Vaccination Hyderabad 1890-1903 - 1890-1903
Year: 1890
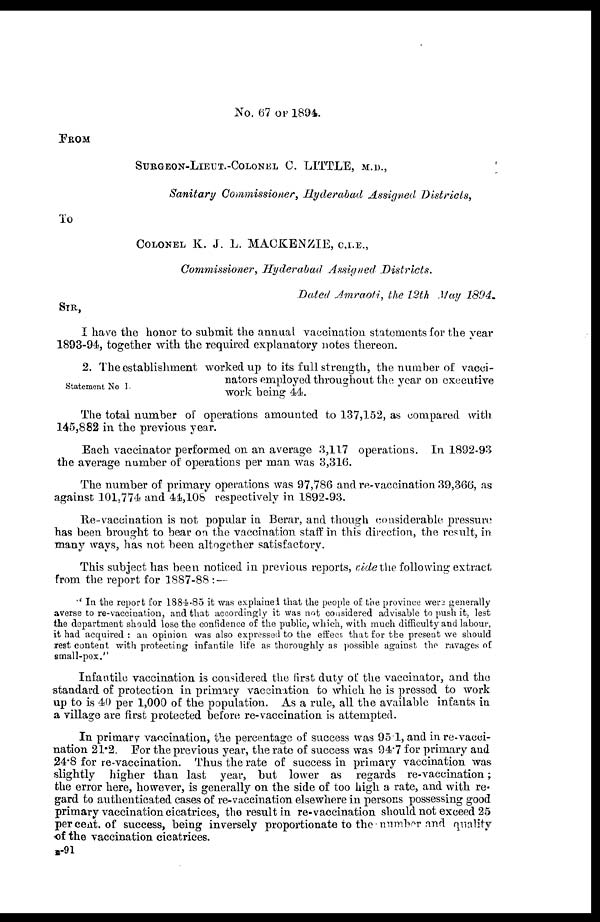
No. 67 OF 1894.
FROM
SURGEON-LIEUT.-COLONEL C. LITTLE, M.D.,
Sanitary Commissioner, Hyderabad Assigned Districts,
To
COLONEL K. J. L. MACKENZIE, C.I.E.,
Commissioner, Hyderabad Assigned Districts.
Dated Amraoti, the 12th May 1894.
SIR,
I have the honor to submit the annual vaccination statements for the year
1893-94, together with the required explanatory notes thereon.
Statement No I.
2. The establishment worked up to its full strength, the number of vacci-
nators employed throughout the year on executive
work being 44.
The total number of operations amounted to 137,152, as compared with
145,882 in the previous year.
Each vaccinator performed on an average 3,117 operations. In 1892-93
the average number of operations per man was 3,316.
The number of primary operations was 97,786 and re-vaccination 39,366, as
against 101,774 and 44,108 respectively in 1892-93.
Re-vaccination is not popular in Berar, and though considerable pressure
has been brought to bear on the vaccination staff in this direction, the result, in
many ways, has not been altogether satisfactory.
This subject has been noticed in previous reports, vide the following extract
from the report for 1887-88 :—
" In the report for 1884-85 it was explained that the people of the province were generally
averse to re-vaccination, and that accordingly it was not considered advisable to push it, lest
the department should lose the confidence of the public, which, with much difficulty and labour,
it had acquired : an opinion was also expressed to the effect that for the present we should
rest content with protecting infantile life as thoroughly as possible against the ravages of
small-pox."
Infantile vaccination is considered the first duty of the vaccinator, and the
standard of protection in primary vaccination to which he is pressed to work
up to is 40 per 1,000 of the population. As a rule, all the available infants in
a village are first protected before re-vaccination is attempted.
In primary vaccination, the percentage of success was 95.1, and in re-vacci¬
nation 21.2. For the previous year, the rate of success was 94.7 for primary and
24.8 for re-vaccination. Thus the rate of success in primary vaccination was
slightly higher than last year, but lower as regards re-vaccination;
the error here, however, is generally on the side of too high a rate, and with re-
gard to authenticated cases of re-vaccination elsewhere in persons possessing good
primary vaccination cicatrices, the result in re-vaccination should not exceed 25
per cent. of success, being inversely proportionate to the number and quality
of the vaccination cicatrices.
B-91